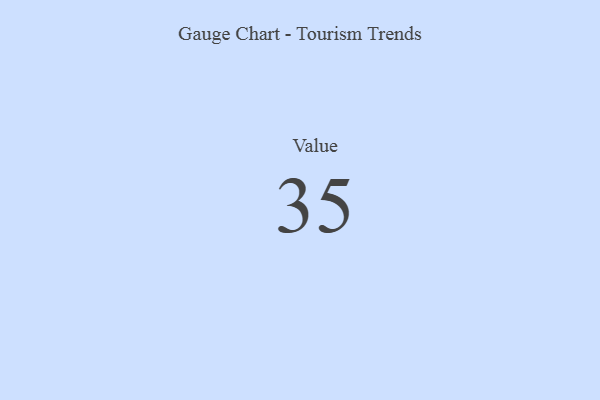
{"axis": {"x": "Metric", "y": "Value"}, "legend": [""], "data": [{"x": "Value", "y": 35, "type": ""}]}